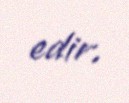
edir.